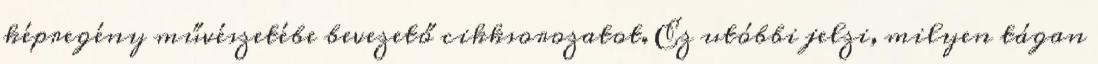
képregény művészetébe bevezető cikksorozatot. Ez utóbbi jelzi, milyen tágan